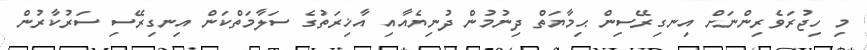
މި ހިޖުރަވެރިންނަށް އިނގިރޭސިން ޙިމާޔަތް ދިނުމުން ދުނިޔެއާއި އާޚިރަތުގެ ސަލާމަތްކަން އިނގިރޭސި ސަރުކާރުން